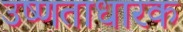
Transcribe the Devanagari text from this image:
उष्णताधारक